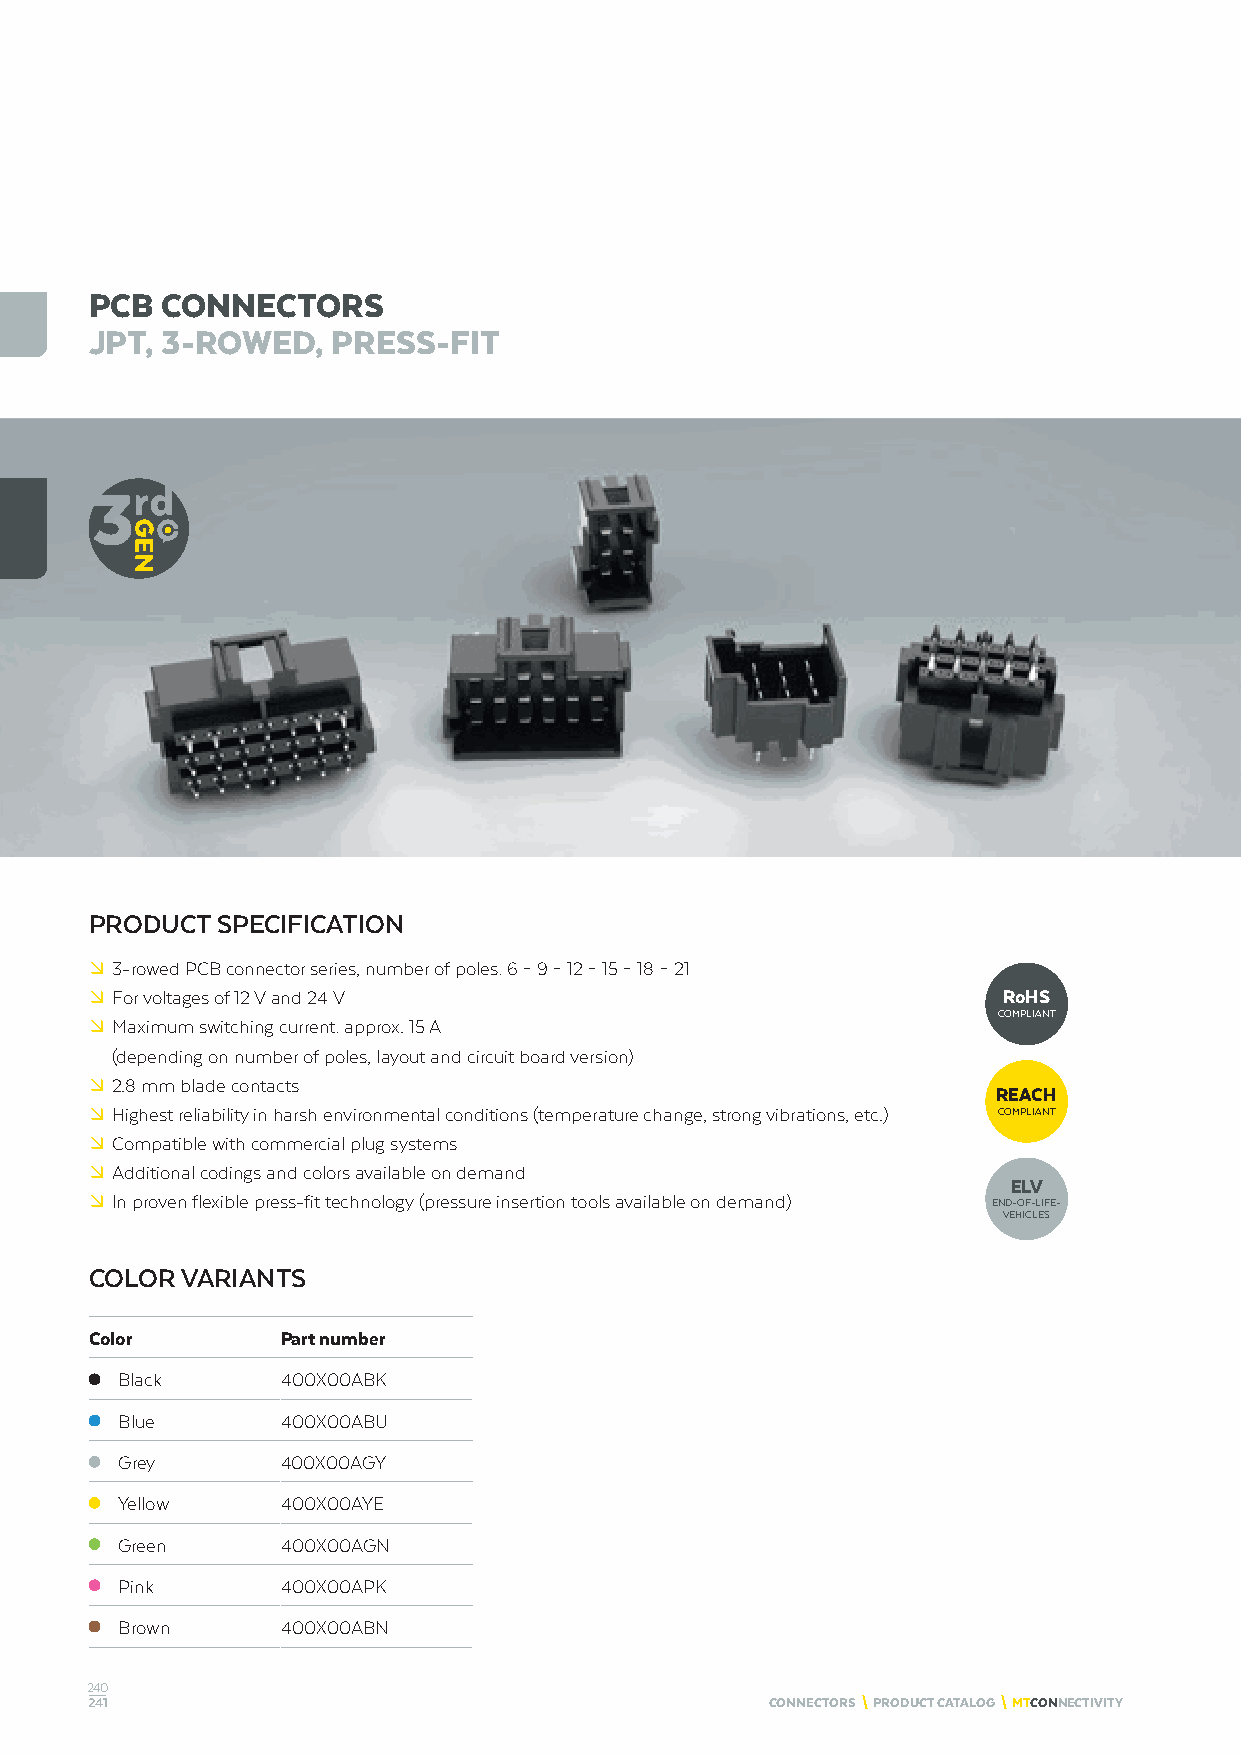
PCB  CONNECTORS
 JPT, 3-ROWED,   PRESS-FIT
 PRODUCT SPECIFICATION
 º 3-rowed PCB connector series, number of poles: 6 – 9 – 12 – 15 – 18 – 21
 º For voltages of 12 V and 24 V                             RoHS
 COMPLIANT
 º Maximum switching current: approx. 15 A
 (depending on number of poles, layout and circuit board version)
 º 2.8 mm blade contacts
 REACH
 º Highest reliability in harsh environmental conditions (temperature change, strong vibrations, etc.) COMPLIANT
 º Compatible with commercial plug systems
 º Additional codings and colors available on demand
 ELV
 º In proven flexible press-fit technology (pressure insertion tools available on demand) END-OF-LIFE-
 VEHICLES
 COLOR VARIANTS
 Color        Part number
 Black      400X00ABK
 Blue       400X00ABU
 Grey       400X00AGY
 Yellow     400X00AYE
 Green      400X00AGN
 Pink       400X00APK
 Brown      400X00ABN
 240
 241                                          CONNECTORS \ PRODUCT CATALOG \ MTCONNECTIVITY